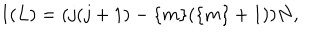
I ( L ) = ( j ( j + 1 ) - \{ m \} ( \{ m \} + 1 ) ) N ,